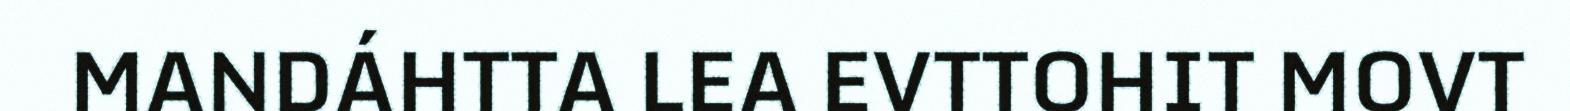
MANDÁHTTA LEA EVTTOHIT MOVT